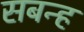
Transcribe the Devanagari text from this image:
सबन्ह